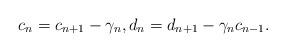
LaTeX: \begin{align*}c_{n}=c_{n+1}-\gamma_{n},d_{n}=d_{n+1}-\gamma_{n}c_{n-1}. \end{align*}